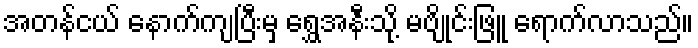
အတန်ငယ် နောက်ကျပြီးမှ ရွှေအနီးသို့ မဗျိုင်းဖြူ ရောက်လာသည်။